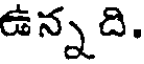
ఉన్నది.